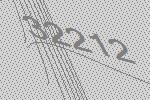
32212